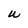
Character: W